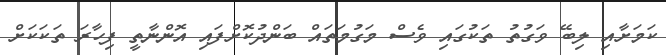
ކަމަށާއި ލިބޭ ވަގުތު ތަކުގައި ވެސް މަގުމަތައް ބަންދުކޮށްފައި އޮންނާތީ ފިހާރަ ތަކަކަށް